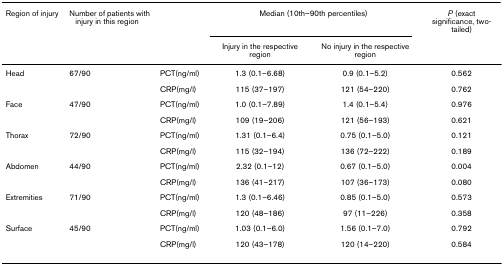
<table><thead><tr><td><b>Region of injury</b></td><td><b>Number of patients with injury in this region</b></td><td></td><td colspan="2"><b>Median (10th–90th percentiles)</b></td><td><b><i>P </i>(exact significance, two-tailed)</b></td></tr><tr><td></td><td></td><td></td><td><b>Injury in the respective region</b></td><td><b>No injury in the respective region</b></td><td></td></tr></thead><tbody><tr><td>Head</td><td>67/90</td><td>PCT(ng/ml)</td><td>1.3 (0.1–6.68)</td><td>0.9 (0.1–5.2)</td><td>0.562</td></tr><tr><td></td><td></td><td>CRP(mg/l)</td><td>115 (37–197)</td><td>121 (54–220)</td><td>0.762</td></tr><tr><td>Face</td><td>47/90</td><td>PCT(ng/ml)</td><td>1.0 (0.1–7.89)</td><td>1.4 (0.1–5.4)</td><td>0.976</td></tr><tr><td></td><td></td><td>CRP(mg/l)</td><td>109 (19–206)</td><td>121 (56–193)</td><td>0.621</td></tr><tr><td>Thorax</td><td>72/90</td><td>PCT(ng/ml)</td><td>1.31 (0.1–6.4)</td><td>0.75 (0.1–5.0)</td><td>0.121</td></tr><tr><td></td><td></td><td>CRP(mg/l)</td><td>115 (32–194)</td><td>136 (72–222)</td><td>0.189</td></tr><tr><td>Abdomen</td><td>44/90</td><td>PCT(ng/ml)</td><td>2.32 (0.1–12)</td><td>0.67 (0.1–5.0)</td><td>0.004</td></tr><tr><td></td><td></td><td>CRP(mg/l)</td><td>136 (41–217)</td><td>107 (36–173)</td><td>0.080</td></tr><tr><td>Extremities</td><td>71/90</td><td>PCT(ng/ml)</td><td>1.3 (0.1–6.46)</td><td>0.85 (0.1–5.0)</td><td>0.573</td></tr><tr><td></td><td></td><td>CRP(mg/l)</td><td>120 (48–186)</td><td>97 (11–226)</td><td>0.358</td></tr><tr><td>Surface</td><td>45/90</td><td>PCT(ng/ml)</td><td>1.03 (0.1–6.0)</td><td>1.56 (0.1–7.0)</td><td>0.792</td></tr><tr><td></td><td></td><td>CRP(mg/l)</td><td>120 (43–178)</td><td>120 (14–220)</td><td>0.584</td></tr></tbody></table>